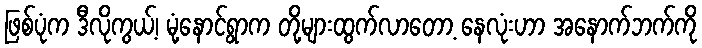
ဖြစ်ပုံက ဒီလိုကွယ့်၊ မုံ့နောင်ရွာက တို့များထွက်လာတော့ နေလုံးဟာ အနောက်ဘက်ကို